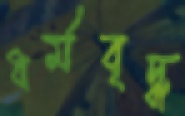
ধর্মবৃদ্ধ